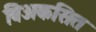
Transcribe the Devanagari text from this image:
विअकसित